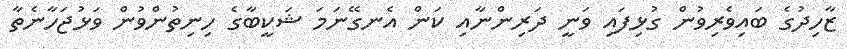
ޒާހިދުގެ ބައިވެރިވުން ގުޅިފައި ވަނީ ދަރިންނާއި ކަން އެނގޭނަމަ ޝަކީބާގެ ހިނިތުންވުން ވަޅުޖަހާނެތާ